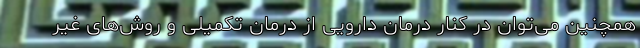
همچنین می‌توان در کنار درمان دارویی از درمان تکمیلی و روش‌های غیر